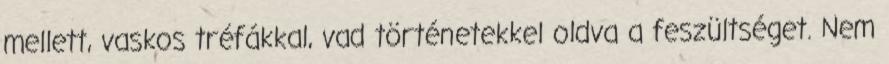
mellett, vaskos tréfákkal, vad történetekkel oldva a feszültséget. Nem